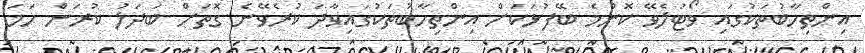
އިންތިހާބުތަކުގައި ވޯޓުލެވޭ ކޮންމެ ބޭފުޅަކަށް އިންތިހާބުތަކުގައިވާދަ ކުރެވޭނެ ގޮތަށް ބަދަލު ކުރަން ހަމަ